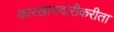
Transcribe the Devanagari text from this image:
कारखानदारीकरीता